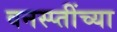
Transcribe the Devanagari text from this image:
वनस्प्तींच्या